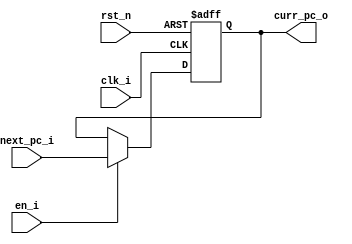
module ProgramCounter(
    clk_i,
    rst_n,

    en_i,

    next_pc_i,
    curr_pc_o
);
    // I/O Port Declaration
    input           clk_i;      // System clock
    input           rst_n;      // Reset

    input           en_i; // enable
    
    input    [ 31:0]next_pc_i;    // next pc inout
    output   [ 31:0]curr_pc_o;    // pc output

    //
    reg  [ 31:0] counter;
    // Behavior Declaration

    always @(negedge rst_n or posedge clk_i) begin
        if (~rst_n) begin // Initial
            counter <= 32'h0000_0000;
        end
        else if(en_i) begin
            counter <= next_pc_i;
        end
    end
    assign curr_pc_o = counter;

endmodule